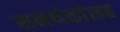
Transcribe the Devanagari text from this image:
समर्थकांसह